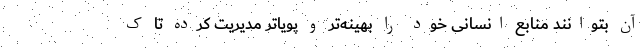
آن بتوانند منابع انسانی خود را بهینه‌تر و پویاتر مدیریت کرده تا ک